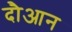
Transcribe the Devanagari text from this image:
दौआन